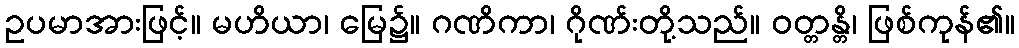
ဥပမာအားဖြင့်။ မဟိယာ၊ မြေ၌။ ဂဏိကာ၊ ဂိုဏ်းတို့သည်။ ဝတ္တန္တိ၊ ဖြစ်ကုန်၏။